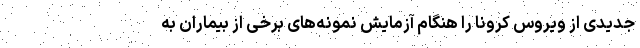
جدیدی از ویروس کرونا را هنگام آزمایش نمونه‌های برخی از بیماران به